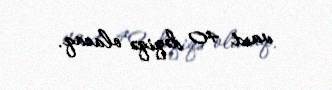
vaxt 40 dəqiqə olacaq.